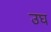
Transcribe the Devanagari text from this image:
उघ